Cholera in India, 1862 to 1881
Year: 1862
Disease focus: Cholera
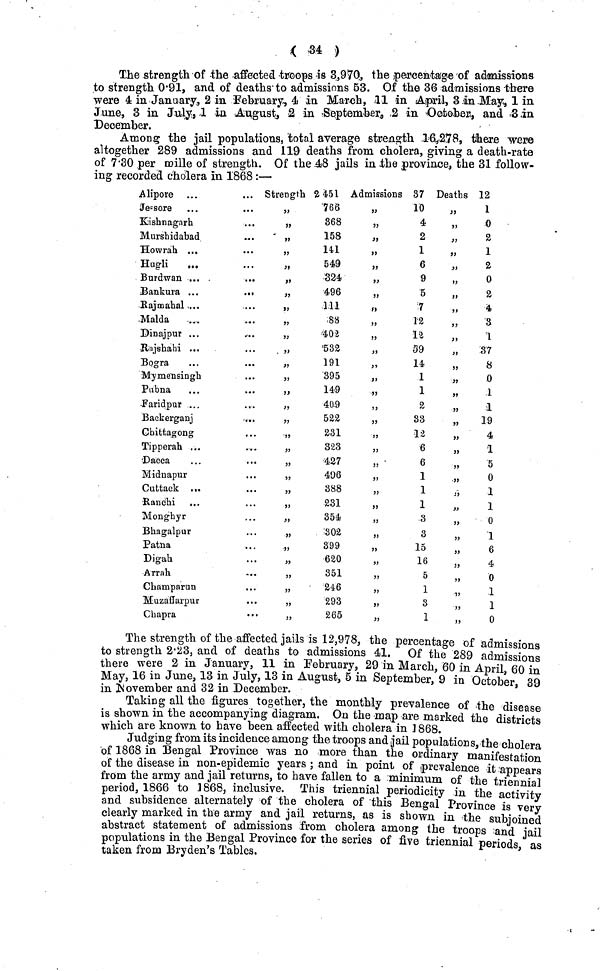
( 34 )
The strength of the affected troops is 3,970, the percentage of admissions
to strength 0·91, and of deaths to admissions 53. Of the 36 admissions there
were 4 in January, 2 in February, 4 in March, 11 in April, 3 in May, 1 in
June, 8 in July, 1 in August, 2 in September, 2 in October, and 3 in
December.
Among the jail populations, total average strength 16,278, there were
altogether 289 admissions and 119 deaths from cholera, giving a death-rate
of 7·30 per mille of strength. Of the 48 jails in the province, the 31 follow-
ing recorded cholera in 1868 :—
Alipore
Jessore ...
...
Kishnagarh
Murshidabad
Howrah ...
Hugli
...
Burdwan ...
Bankura ...
...
Rajmahal ...
Malda
Dinajpur ...
Rajshahi ...
Bogra
...
...
Mymensingh
Pubna
Faridpur ...
Backerganj
...
Chittagong
Tipperah ...
Dacca
Midnapur
Cuttack ...
Ranchi
Monghyr
Bhagalpur
Patna
Digah
Arrah
Champaran
Muzaffarpur
Chapra
Strength 2 451
,, 766
,, 368
,, 158
,, 141
„
549
,, 324
,, 496
,, 111
,, 88
,, 402
„
532
191
„
395
149
409
522
231
„
323
427
496
„
388
231
„
354
„
302
„
399
620
351
246
„
293
265
Admissions 37
,, 10
,, 4
,, 2
,, 1
,, 6
,, 9
,, 5
,, 7
,, 12
,, 12
,, 59
,, 14
,, 1
,, 1
,, 2
,, 33
,, 12
,, 6
,, 6
,, 1
,, 1
,, 1
,, 3
,, 3
,,
15
,, 16
,,
5
,, 1
,, 3
,, 1
Deaths 12
1
o
2
1
2
0
2
4
3
1
37
8
0
1
1
19
4
1
5
0
1
1
o
1
6
„
4
0
1
1
0
The strength of the affected jails is 12,978, the percentage of admissions
to strength 2·23, and of deaths to admissions 41. Of the 289 admissions
there were 2 in January, 11 in February, 29 in March, 60 in April, 60 in
May, 16 in June, 13 in July, 13 in August, 5 in September, 9 in October 39
in November and 32 in December.
'
Taking all the figures together, the monthly prevalence of the disease
is shown in the accompanying diagram. On the map are marked the districts
which are known to have been affected with cholera in ] 868.
Judging from its incidence among the troops and jail populations, the cholera
of 1868 in Bengal Province was no more than the ordinary manifestation
of the disease in non-epidemic years ; and in point of prevalence it appears
from the army and jail returns, to have fallen to a minimum of the triennial
period, 1866 to 1868, inclusive. This triennial periodicity in the activity
and subsidence alternately of the cholera of this Bengal Province is very
clearly marked in the army and jail returns, as is shown in the subjoined
abstract statement of admissions from cholera among the troops and jail
populations in the Bengal Province for the series of five triennial periods as
taken from Bryden's Tables.
'